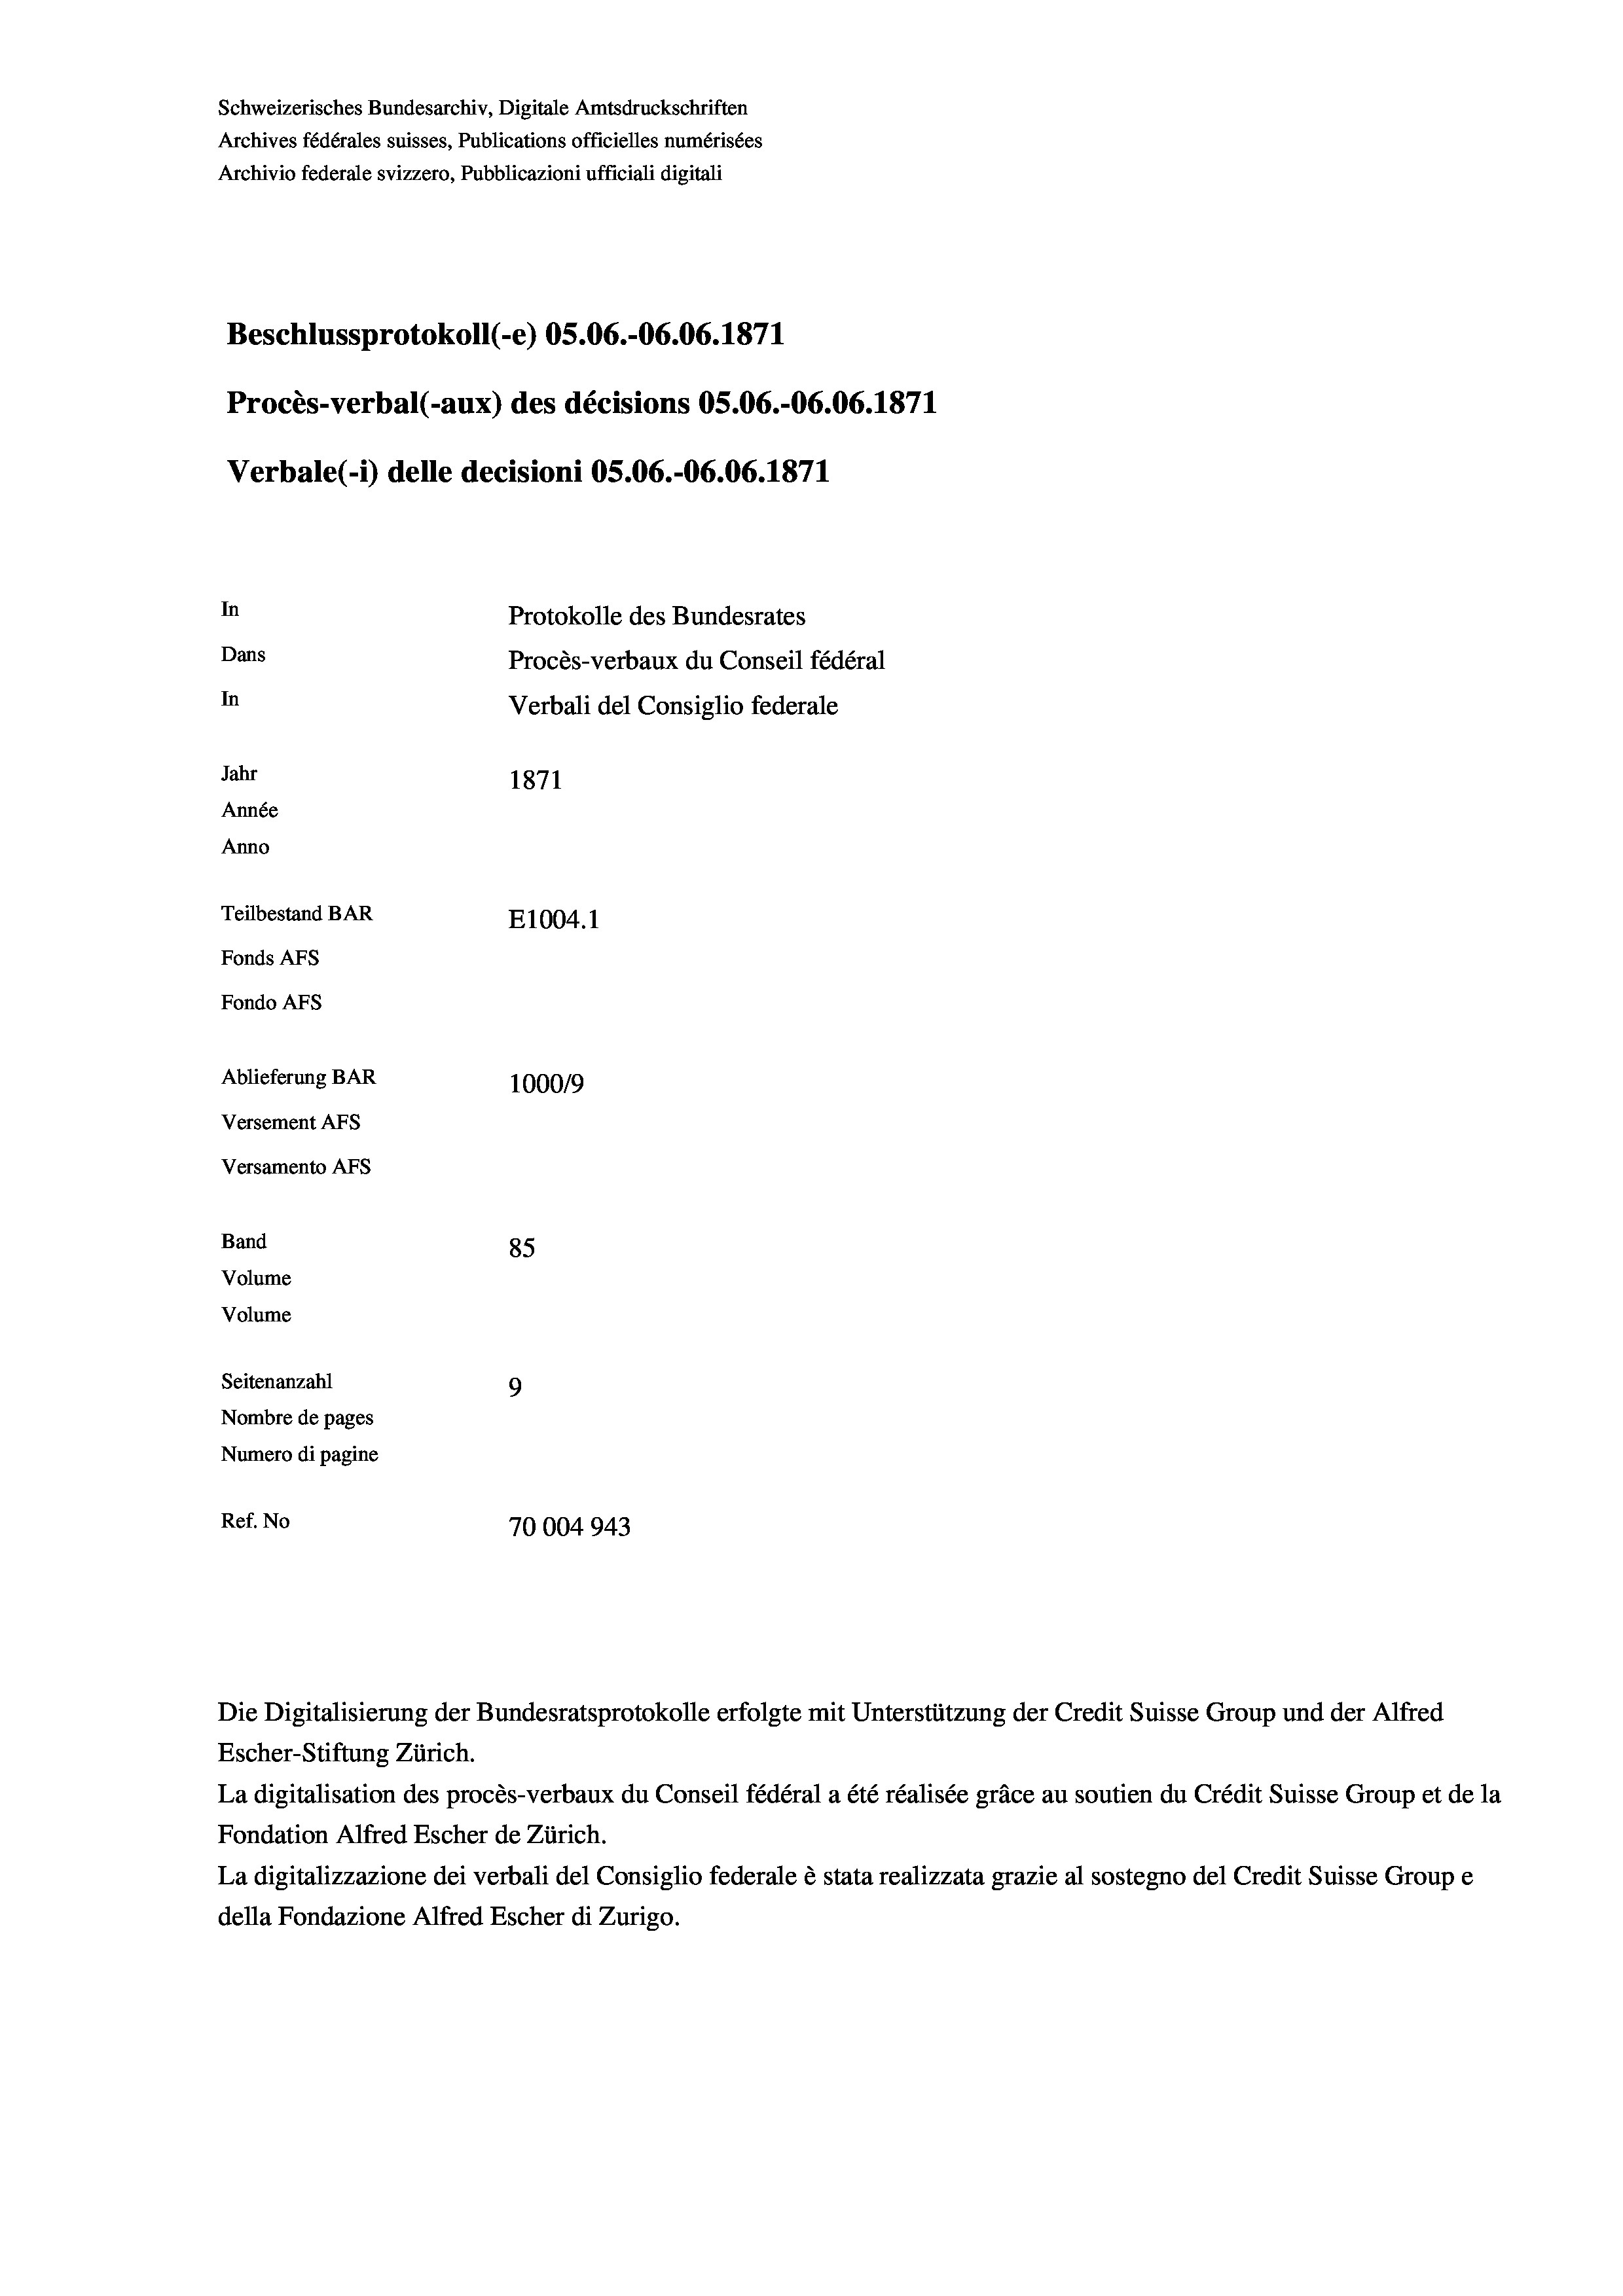
Schweizerisches Bundesarchiv, Digitale Amtsdruckschriften
Archives fédérales suisses, Publications officielles numérisées
Archivio federale svizzero, Pubblicazioni ufficiali digitali
Beschlussprotokoll (-e) OS.06.-06.06. 1871
Procès-verbal (-aux) des décisions OS.06.-06.06. 1871
Verbale (- 1) delle decisioni OS.06.-06.06. 1871
In
Protokolle des Bundesrates
Dans
Procès-verbaux du Conseil fédéral
In
Verbali del Consiglio federale
Jahr
1871
Année
Anno
Teilbestand BAR
E1004. 1
Fonds AFs
Fondo Afs
Ablieferung BAR
100019
Versement AFs
Versamento AFs

85
9
Nombre de pages
Numero di pagine
Ref. No
70004943

Band
Volume

Volume
Seitenanzahl

Escher-Stiftung Zürich.
La digitalisation des procès-verbaux du Conseil fédéral a été réalisée gräce au soutien du Crédit Suisse Group et de la
Fondation Alfred Escher de Zürich.
La digitalizzazione dei verbali del Consiglio federale è stata realizzata grazie al sostegno del Credit Suisse Groupe
della Fondazione Alfred Escher di Zurigo.

Die Digitalisierung der Bundesratsprotokolle erfolgte mit Unterstützung der Credit Suisse Group und der Alfred